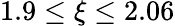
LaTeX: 1.9\le\xi\le 2.06